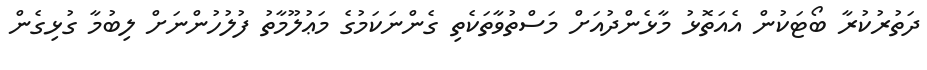
ދަތުރުކުރާ ބޯޓަކުން އެއަތޮޅު މާޅެންދުއަށް މަސްތުވާތަކެތި ގެންނަކަމުގެ މަޢުލޫމާތު ފުލުހުންނަށް ލިބުމާ ގުޅިގެން